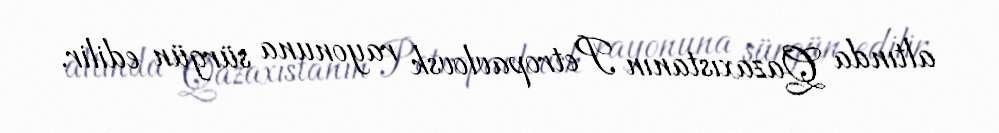
altında Qazaxıstanın Petropavlovsk rayonuna sürgün edilir.